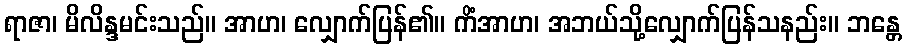
ရာဇာ၊ မိလိန္ဒမင်းသည်။ အာဟ၊ လျှောက်ပြန်၏။ ကိံအာဟ၊ အဘယ်သို့လျှောက်ပြန်သနည်း။ ဘန္တေ